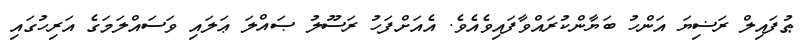
ޠުފައިލް ރަޟިޔަ އަންހު ބަޔާންކުރައްވާފައިވެއެވެ. އެއަށްފަހު ރަސޫލު ޞައްލަ ޢަލައި ވަސައްލަމަގެ އަރިހުގައި